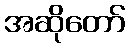
အဆိုတော်